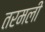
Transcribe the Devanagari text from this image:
तरमली